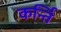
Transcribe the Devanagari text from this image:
कर्न्ति